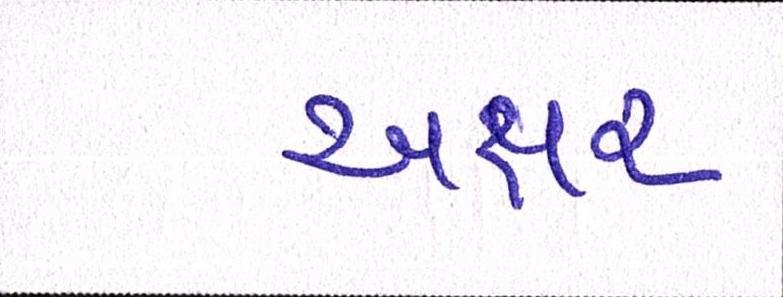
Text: અક્ષર